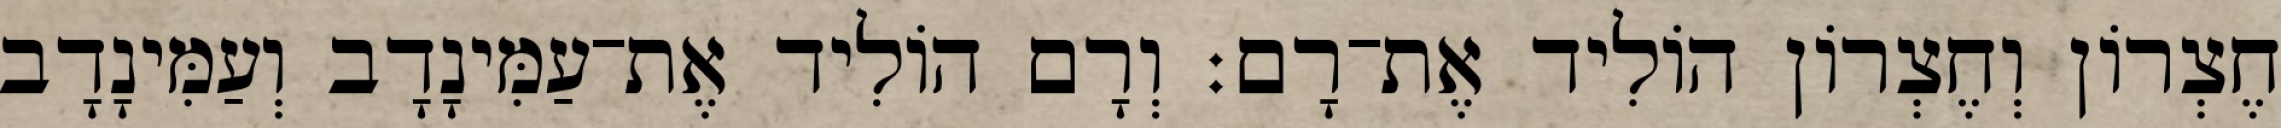
חֶצְרוֹן וְחֶצְרוֹן הוֹלִיד אֶת־רָם׃ וְרָם הוֹלִיד אֶת־עַמִּינָדָב וְעַמִּינָדָב